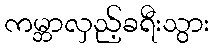
ကမ္ဘာလှည့်ခရီးသွား